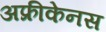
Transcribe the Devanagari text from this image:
अफ्रीकेनस